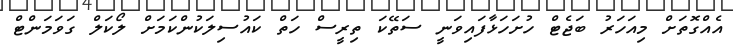
އެއްގޮތަށް މިއަހަރު ބަޖެޓް ހުށަހަޅާފައިވަނީ ސަތޭކަ ތިރީސް ހަތް ކައުސިލަކުންކަމަށް ލޯކަލް ގަވަމަންޓް